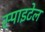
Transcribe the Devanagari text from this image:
स्पाइटेल